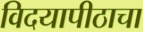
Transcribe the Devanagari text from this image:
विदयापीठाचा